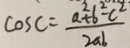
\cos C = \frac { a ^ { 2 } + b ^ { 2 } - c ^ { 2 } } { 2 a b }